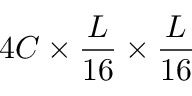
4 C \times \frac { L } { 1 6 } \times \frac { L } { 1 6 }